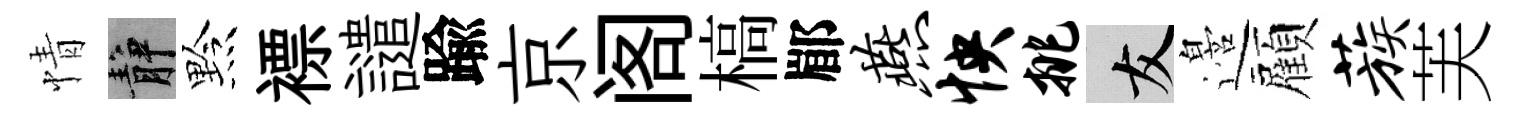
情静黔褾譴踰京阁槁郿燕怏挑友邉顏蔟芙